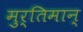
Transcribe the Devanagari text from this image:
मुर्तिमान्